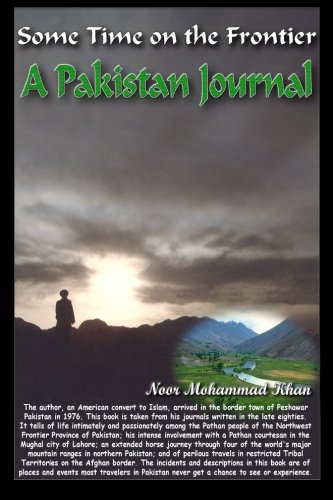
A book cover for Some Time On the Frontier: A Pakistan Journal; Noor Mohammad Khan; Travel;